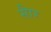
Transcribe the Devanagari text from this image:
साैर